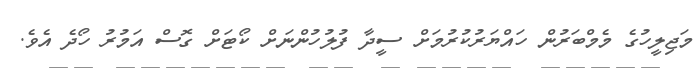
މަޖިލީހުގެ މެމްބަރުން ހައްޔަރުކުރުމަށް ސީދާ ފުލުހުންނަށް ކޯޓަށް ގޮސް އަމުރު ހޯދެ އެވެ.